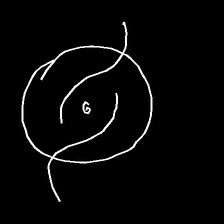
Glyph: repetition